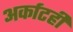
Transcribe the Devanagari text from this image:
अर्काटही